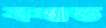
বখাত